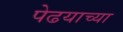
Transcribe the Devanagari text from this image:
पेढयाच्या